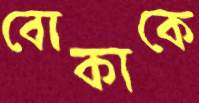
বোকাকে